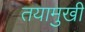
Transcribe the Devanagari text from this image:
तयामुखी